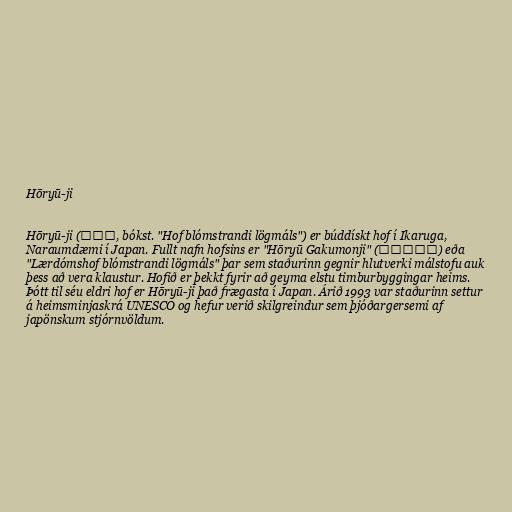
Hōryū-ji

Hōryū-ji (法隆寺, bókst. "Hof blómstrandi lögmáls") er búddískt hof í Ikaruga,
Naraumdæmi í Japan. Fullt nafn hofsins er "Hōryū Gakumonji" (法隆学問寺) eða
"Lærdómshof blómstrandi lögmáls" þar sem staðurinn gegnir hlutverki málstofu auk
þess að vera klaustur. Hofið er þekkt fyrir að geyma elstu timburbyggingar heims.
Þótt til séu eldri hof er Hōryū-ji það frægasta í Japan. Árið 1993 var staðurinn settur
á heimsminjaskrá UNESCO og hefur verið skilgreindur sem þjóðargersemi af
japönskum stjórnvöldum.